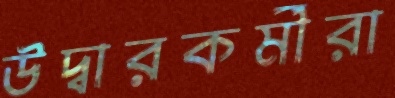
উদ্বারকর্মীরা